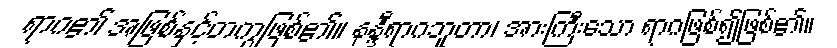
ရာဂ၏ အဖြစ်နှင့်တကွဖြစ်၏။ နန္ဒီရာဂဘူတာ၊ အားကြီးသော ရာဂဖြစ်၍ဖြစ်၏။